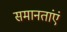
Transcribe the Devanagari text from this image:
समानतांएं